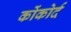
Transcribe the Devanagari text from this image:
कोंकोर्द